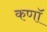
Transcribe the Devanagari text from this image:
कणॉ